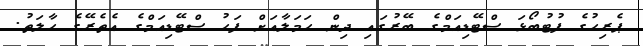
ޕެރިހުގެ ފުޓުބޯޅަ ސްޓޭޑިއަމްގެ ބޭރުގައި ދިން ހަމަލާއަށް ފަހު ސްޓޭޑިއަމްގެ އެތެރޭގެ ހާލަތު.